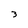
Character: 3